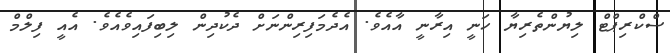
ސްކްރިޕްޓް ލިޔުންތެރިޔާ ހަނީ އިރާނީ އާއެވެ. އެދެމަފިރިންނަށް ދެކުދިން ލިބިފައިވެއެވެ. އެއީ ފިލްމް